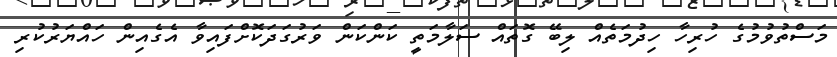
މަސްތުވުމުގެ ހުރިހާ ހިދުމަތެއް ލިބޭ ގޮތައް ސަލާމަތީ ކަންކަން ވަރުގަދަކޮށްފައިވާ އެގެއިން ހައްޔަރުކުރި